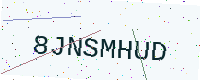
Text: 8JNSMHUD